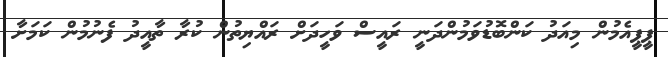
ޕީޕީއެމުން މިއަދު ކަންބޮޑުވަމުންދަނީ ރައީސް ވަހީދަށް ރައްޔިތުން ކުރާ ތާއީދު ފެނުމުން ކަމަށާ